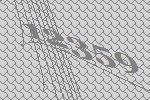
12359